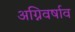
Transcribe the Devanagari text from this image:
अग्निवर्षाव